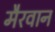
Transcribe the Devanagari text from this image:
मैरवान